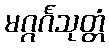
မဂ္ဂင်္ဂသုတ္တံ